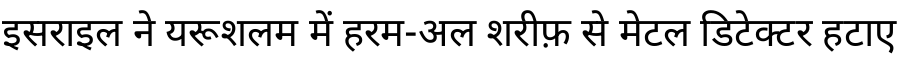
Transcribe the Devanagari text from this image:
इसराइल ने यरूशलम में हरम-अल शरीफ़ से मेटल डिटेक्टर हटाए